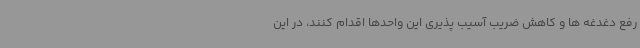
رفع دغدغه ها و کاهش ضریب آسیب پذیری این واحدها اقدام کنند، در این